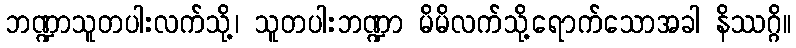
ဘဏ္ဍာသူတပါးလက်သို့၊ သူတပါးဘဏ္ဍာ မိမိလက်သို့ရောက်သောအခါ နိဿဂ္ဂိ။